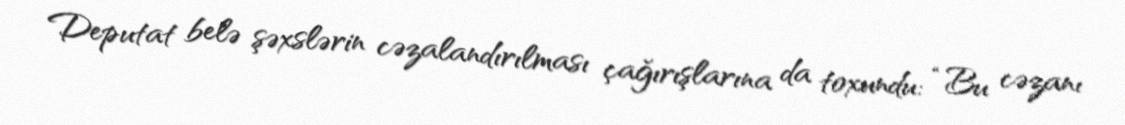
Deputat belə şəxslərin cəzalandırılması çağırışlarına da toxundu: “Bu cəzanı